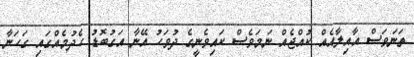
ތަނަވަސް އާއިލާއެއް ކުއްޖެއް ނަމަވެސް ކައިވެނީގެ ދުވަހު އޭނާ އަގުބޮޑު ހެދުމެއްގައި ގަހަނާ